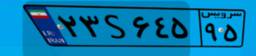
۲۳S۶۴۵۹۵